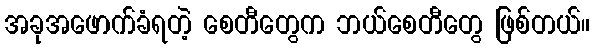
အခုအဖောက်ခံရတဲ့ စေတီတွေက ဘယ်စေတီတွေ ဖြစ်တယ်။